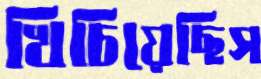
খিচিয়েছিস